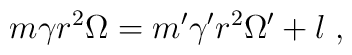
m\gamma r^2\Omega =m^\prime \gamma ^\prime r^2\Omega ^\prime +l\; ,